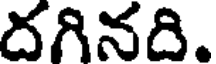
దగినది.